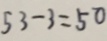
5 3 - 3 = 5 0